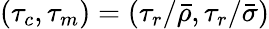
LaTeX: (\tau_{c},\tau_{m})=(\tau_{r}/\bar{\rho},\tau_{r}/\bar{\sigma})